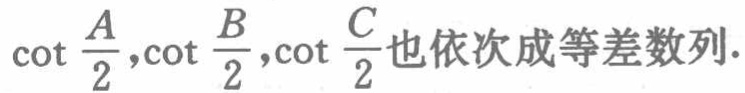
$\cot \frac{A}{2},\cot \frac{B}{2},\cot \frac{C}{2}也依次成等差数列.$